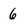
Character: 6